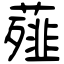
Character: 薤